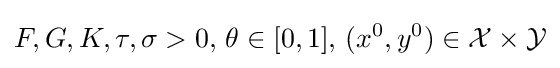
F,G,K,\tau ,\sigma >0,\,\theta \in [0,1],\,(x^{0},y^{0})\in {\mathcal {X}}\times {\mathcal {Y}}